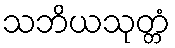
သဘိယသုတ္တံ